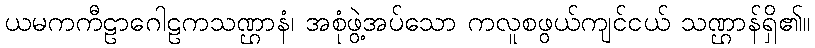
ယမကကီဠာဂေါဠကသဏ္ဌာနံ၊ အစုံဖွဲ့အပ်သော ကလူစဖွယ်ကျင်ငယ် သဏ္ဌာန်ရှိ၏။